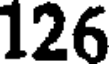
126